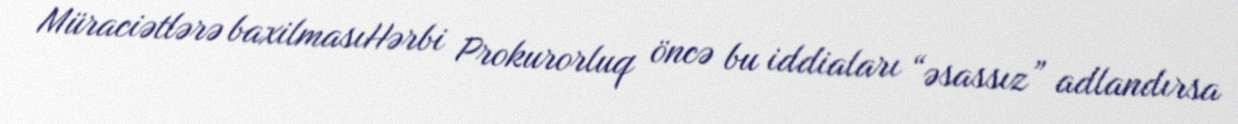
Müraciətlərə baxilmasıHərbi Prokurorluq öncə bu iddiaları “əsassız” adlandırsa